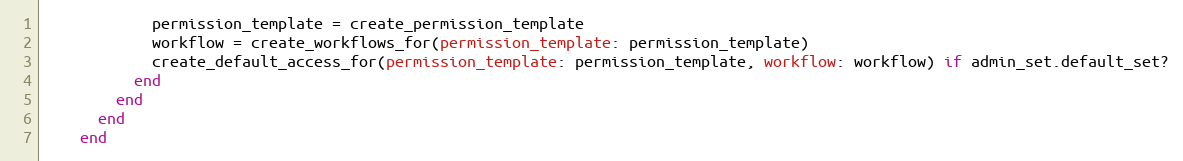
Language: Ruby
            permission_template = create_permission_template
            workflow = create_workflows_for(permission_template: permission_template)
            create_default_access_for(permission_template: permission_template, workflow: workflow) if admin_set.default_set?
          end
        end
      end
    end